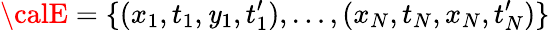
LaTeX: {\calE}=\{ (x_{1},t_{1},\mathit{y}_{1},t_{1}^{\prime}),\ldots,(x_{N},t_{N},x_{N},t_{N}^{\prime})\}